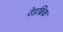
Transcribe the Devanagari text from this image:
रेडब्रिक